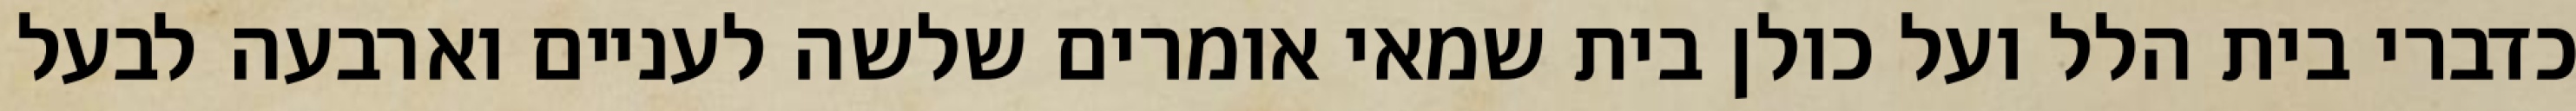
כדברי בית הלל ועל כולן בית שמאי אומרים שלשה לעניים וארבעה לבעל